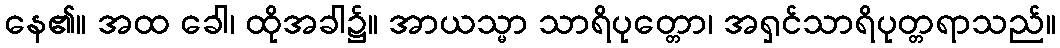
နေ၏။ အထ ခေါ၊ ထိုအခါ၌။ အာယသ္မာ သာရိပုတ္တော၊ အရှင်သာရိပုတ္တရာသည်။